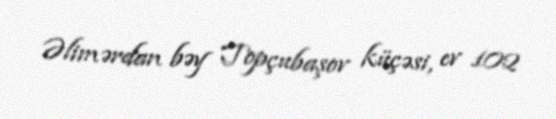
Əlimərdan bəy Topçubaşov küçəsi, ev 102